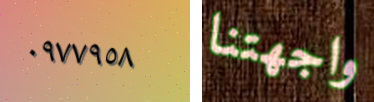
٠٩٧٧٩٥٨ واجهتنا